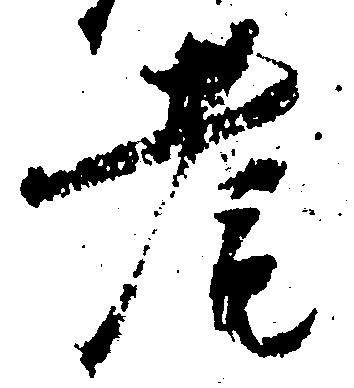
耄